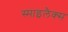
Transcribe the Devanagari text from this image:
स्माइलैक्स